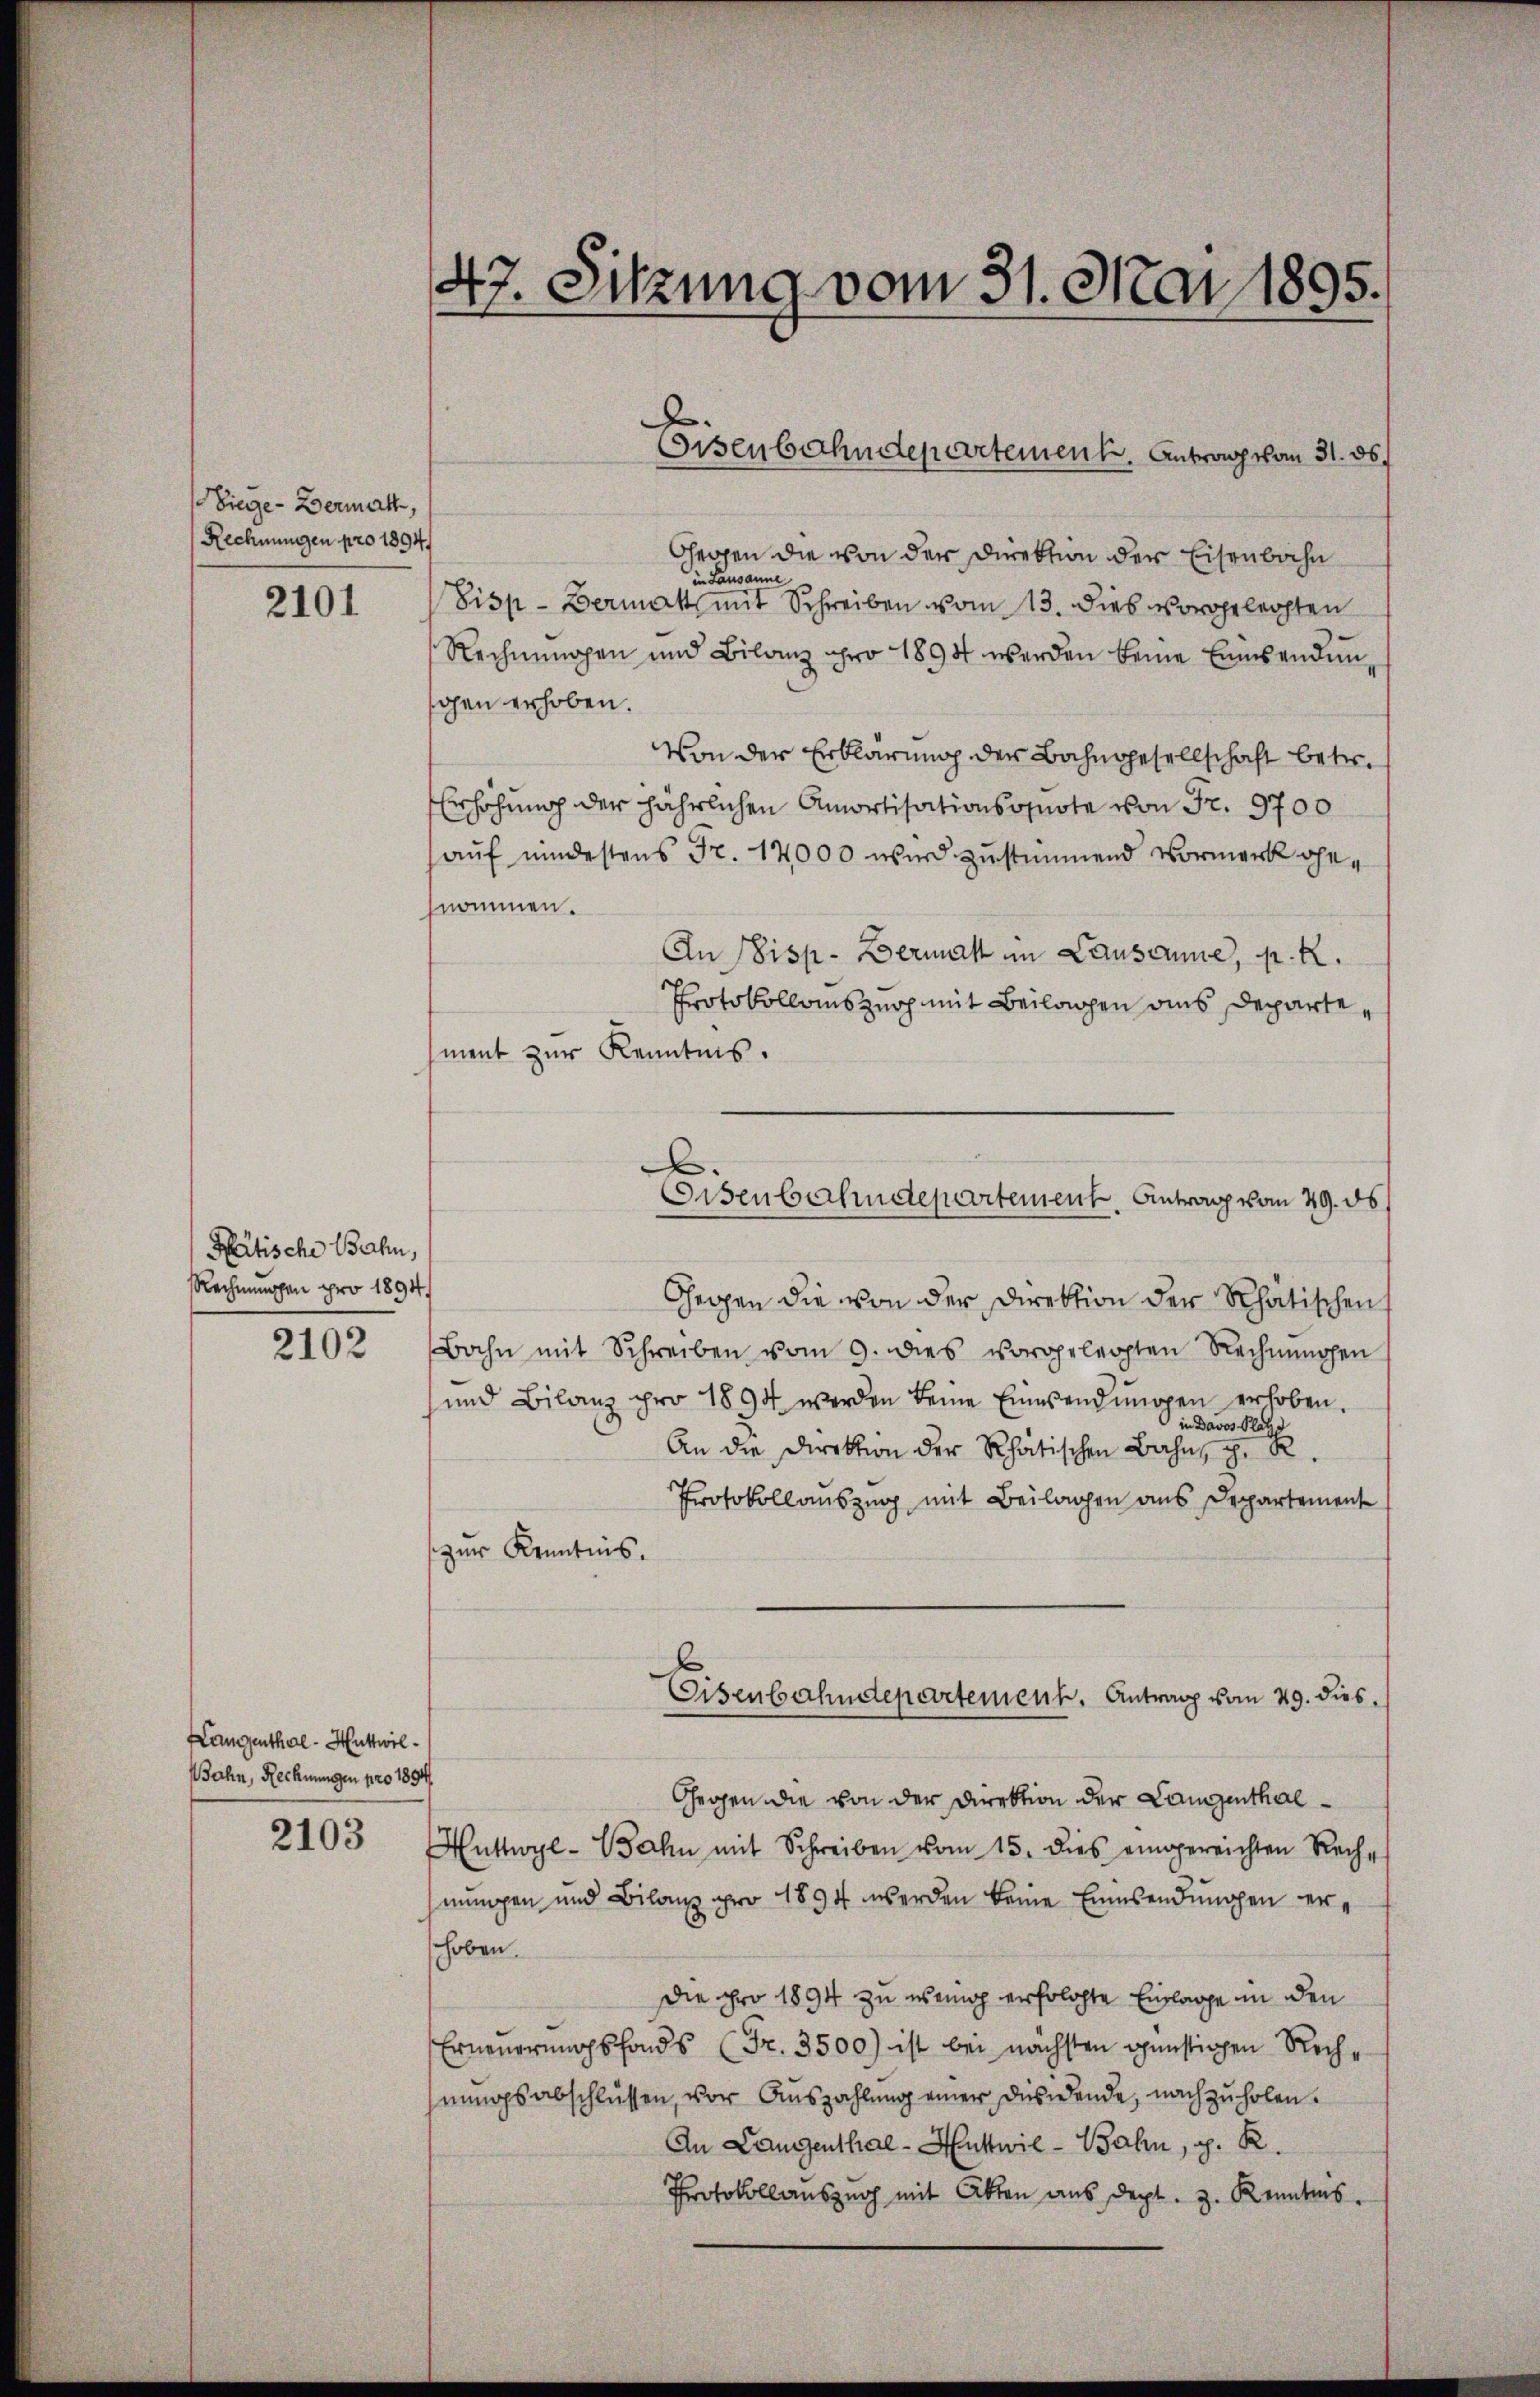
Siege - Dermatt,
Rechnungen pro 1894/

2101

Mätische Bahn,
Rechnungen pro 1894/

2102

Langenthal - Huttwil¬
Wahn, Rechnungen pro 1894

2103

47. Sitzung vom 31. Mai 1895.

Gegen die von der Direktion der Eisenbahn
in Lausanne
Pisp-Bermat mit Schreiben vom 13. dies vorgelegten
Rechnungen und Bilanz pro 1894 werden keine Einsendungen erhoben.
Von der Erklärung der Bahngesellschaft betr.
Erhöhung der jährlichen Amortisationsquote von Fr. 9700
auf mindestens Fr. 17000 wird zustimmend Vormerk gehnommen.
An Disp. Dermal im Lausame, p. R.
Protokollomszuoch mit Beilagen ans Departement zur Kenntnis.
Gegen die von der Direktion der Rhätischen
Bahn mit Schreiben vom 9. dies vorgelegten Rechnŭngen
und Bilanz pro 1894 werden keine Einwendungen erhoben.
An die Direktion der Rhätischen Bahn eine eine
Protokollauszug mit Beilagen aus Departemente
zur Kenntnis.
Eisenbahndepartement. Antrag vom 29. dies
Gegen die von der Direktion der Langenthal¬
Huttwyl-Bahn mit Schreiben vom 15. dies eingereichten Rechmungen und Bilanz pro 1894 werden keine Einsendungen erhoben.
Die pro 1894 zu wenig erfolgte Einlage in den
Erneuerungsfonds (Fr. 3500) ist bei nächsten günstigen Rechhnungsabschlüssen, vor Auszahlung einer Desidende, nachzuholen.
An Langenthal - Huttwil-Bahn, p. R.
Protokollauszug mit Akten aus dept. z. Kenntnis.

Eisenbahndepartement. Antrag vom 31. 36.

.
Eisenbahndepartement. Antrag vom 29. ds.